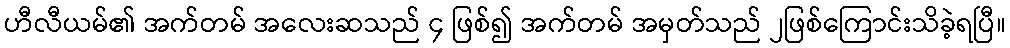
ဟီလီယမ်၏ အက်တမ် အလေးဆသည် ၄ ဖြစ်၍ အက်တမ် အမှတ်သည် ၂ဖြစ်ကြောင်းသိခဲ့ရပြီ။